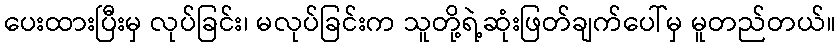
ပေးထားပြီးမှ လုပ်ခြင်း၊ မလုပ်ခြင်းက သူတို့ရဲ့ဆုံးဖြတ်ချက်ပေါ်မှ မူတည်တယ်။